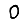
Digit: 0